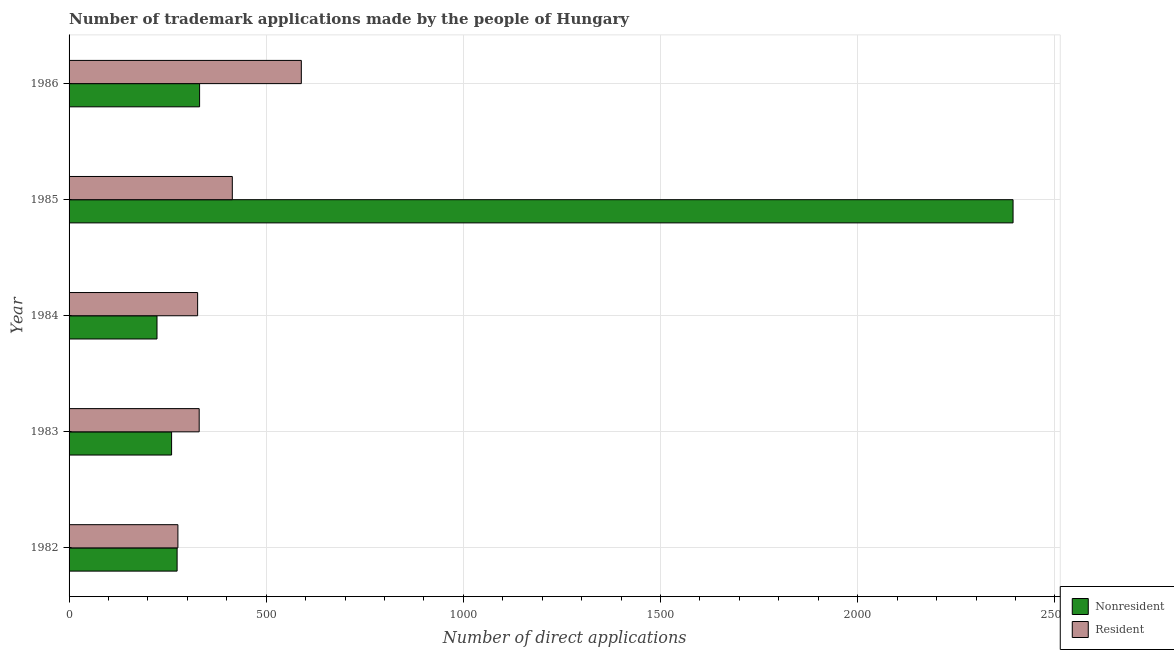
| Year | Nonresident | Resident |
 | --- | --- | --- |
 | 1982 | 274 | 276 |
 | 1983 | 260 | 330 |
 | 1984 | 223 | 326 |
 | 1985 | 2.39e+03 | 414 |
 | 1986 | 331 | 589 |